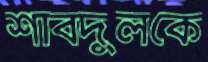
শাবদুলকে